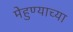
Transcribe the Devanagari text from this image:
मेहुण्याच्या